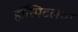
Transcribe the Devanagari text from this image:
हॉस्पिटलचा